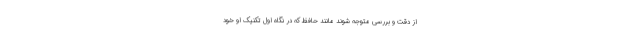
از دقت و بررسی متوجه ‌شوند مانند حافظ که در نگاه اول تکنیک او خود